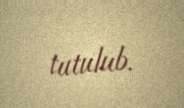
tutulub.